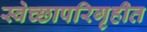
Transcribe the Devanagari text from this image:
स्वेच्छापरिगृहीत